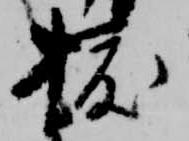
拔